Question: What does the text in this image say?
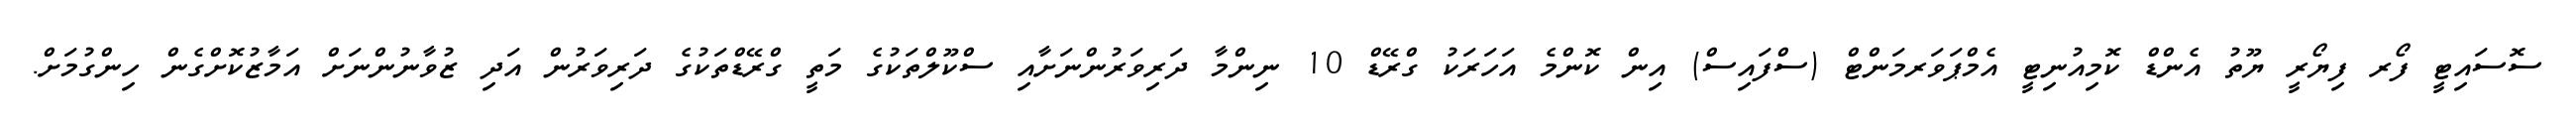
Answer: ސޮސައިޓީ ފޯރ ފިޔޯރީ ޔޫތު އެންޑް ކޮމިއުނިޓީ އެމްޕަވަރމަންޓް (ސްފައިސް) އިން ކޮންމެ އަހަރަކު ގްރޭޑް 10 ނިންމާ ދަރިވަރުންނަށާއި ސްކޫލްތަކުގެ މަތީ ގްރޭޑްތަކުގެ ދަރިވަރުން އަދި ޒުވާނުންނަށް އަމާޒުކޮށްގެން ހިންގުމަށް.